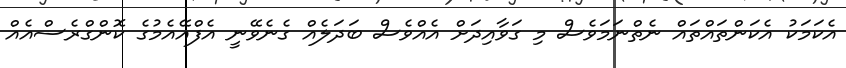
އެކަމަކު އެކަންތައްތައް ނެތްނަމަވެސް މި ގަވާއިދަށް އެއްވެސް ބަދަލެއް ގެނެވޭނީ އެފްއޭއެމުގެ ކޮންގްރެސްއެއް